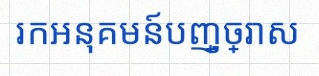
រកអនុគមន៍បញ្ច្រាស